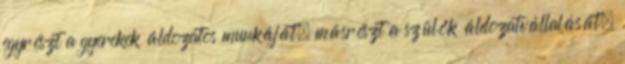
egyrészt a gyerekek áldozatos munkáját, másrészt a szülők áldozatvállalását,